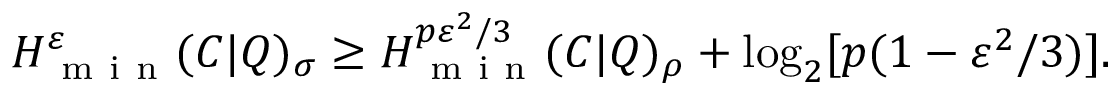
H _ { \mathrm { ~ m ~ i ~ n ~ } } ^ { \varepsilon } ( C | Q ) _ { \sigma } \geq H _ { \mathrm { ~ m ~ i ~ n ~ } } ^ { p \varepsilon ^ { 2 } / 3 } ( C | Q ) _ { \rho } + \log _ { 2 } [ p ( 1 - \varepsilon ^ { 2 } / 3 ) ] .